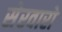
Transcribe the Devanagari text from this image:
सेरवारो